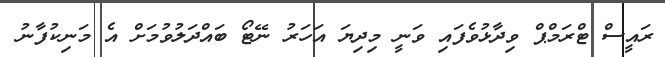
ރައީސް ޓްރަމްޕް ވިދާޅުވެފައި ވަނީ މިދިޔަ އަހަރު ނޭޓޯ ބައްދަލުވުމަށް އެ މަނިކުފާނު